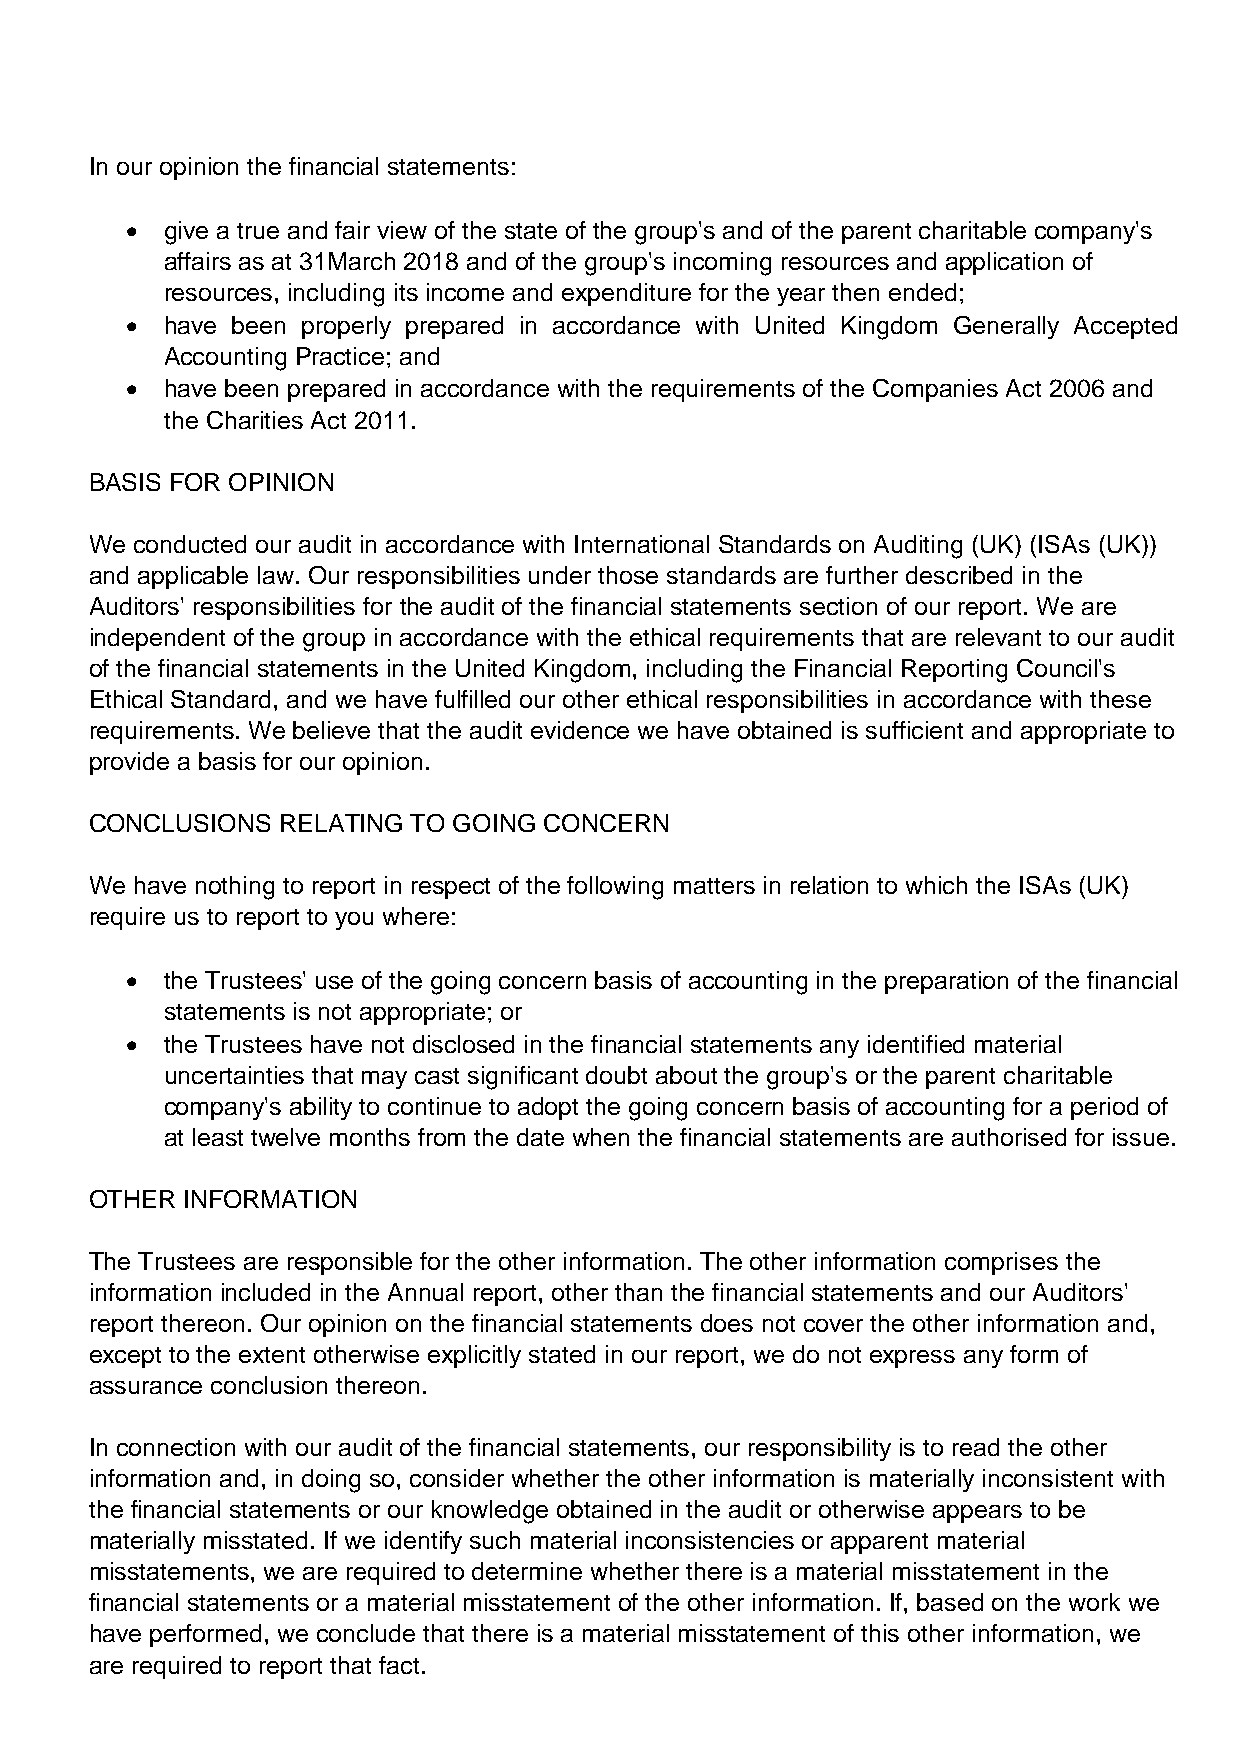
In our opinion the financial statements:
 •  give a true and fair view of the state of the group's and of the parent charitable company's
 affairs as at 31March 2018 and of the group's incoming resources and application of
 resources, including its income and expenditure for the year then ended;
 •  have been properly prepared in accordance with United Kingdom Generally Accepted
 Accounting Practice; and
 •  have been prepared in accordance with the requirements of the Companies Act 2006 and
 the Charities Act 2011.
 BASIS FOR OPINION
 We conducted our audit in accordance with International Standards on Auditing (UK) (ISAs (UK))
 and applicable law. Our responsibilities under those standards are further described in the
 Auditors' responsibilities for the audit of the financial statements section of our report. We are
 independent of the group in accordance with the ethical requirements that are relevant to our audit
 of the financial statements in the United Kingdom, including the Financial Reporting Council's
 Ethical Standard, and we have fulfilled our other ethical responsibilities in accordance with these
 requirements. We believe that the audit evidence we have obtained is sufficient and appropriate to
 provide a basis for our opinion.
 CONCLUSIONS RELATING TO GOING CONCERN
 We have nothing to report in respect of the following matters in relation to which the ISAs (UK)
 require us to report to you where:
 •  the Trustees' use of the going concern basis of accounting in the preparation of the financial
 statements is not appropriate; or
 •  the Trustees have not disclosed in the financial statements any identified material
 uncertainties that may cast significant doubt about the group's or the parent charitable
 company's ability to continue to adopt the going concern basis of accounting for a period of
 at least twelve months from the date when the financial statements are authorised for issue.
 OTHER INFORMATION
 The Trustees are responsible for the other information. The other information comprises the
 information included in the Annual report, other than the financial statements and our Auditors'
 report thereon. Our opinion on the financial statements does not cover the other information and,
 except to the extent otherwise explicitly stated in our report, we do not express any form of
 assurance conclusion thereon.
 In connection with our audit of the financial statements, our responsibility is to read the other
 information and, in doing so, consider whether the other information is materially inconsistent with
 the financial statements or our knowledge obtained in the audit or otherwise appears to be
 materially misstated. If we identify such material inconsistencies or apparent material
 misstatements, we are required to determine whether there is a material misstatement in the
 financial statements or a material misstatement of the other information. If, based on the work we
 have performed, we conclude that there is a material misstatement of this other information, we
 are required to report that fact.